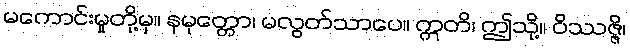
မကောင်းမှုတို့မှ။ နမုတ္တော၊ မလွတ်သာပေ။ ဣတိ၊ ဤသို့။ ဝိဿဇ္ဇိ၊